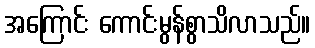
အကြောင်း ကောင်းမွန်စွာသိလာသည်။